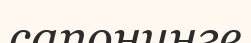
сапонинге